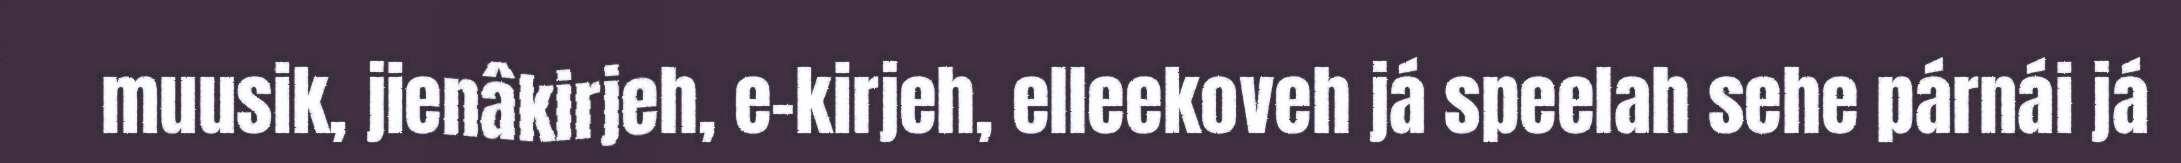
muusik, jienâkirjeh, e-kirjeh, elleekoveh já speelah sehe párnái já